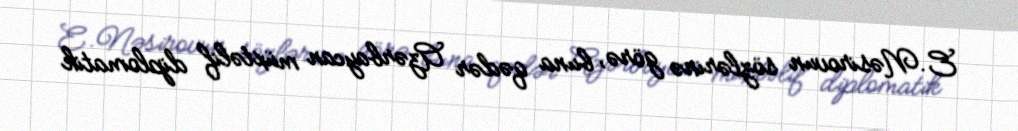
E.Nəsirovun sözlərinə görə, buna qədər Azərbaycan müxtəlif diplomatik